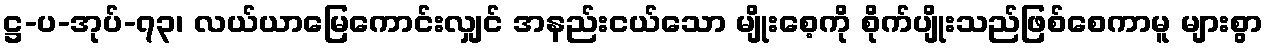
ဋ္ဌ-ပ-အုပ်-၇၃၊ လယ်ယာမြေကောင်းလျှင် အနည်းငယ်သော မျိုးစေ့ကို စိုက်ပျိုးသည်ဖြစ်စေကာမူ များစွာ